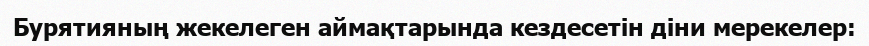
Бурятияның жекелеген аймақтарында кездесетін діни мерекелер: